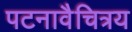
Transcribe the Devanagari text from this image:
पटनावैचित्रय